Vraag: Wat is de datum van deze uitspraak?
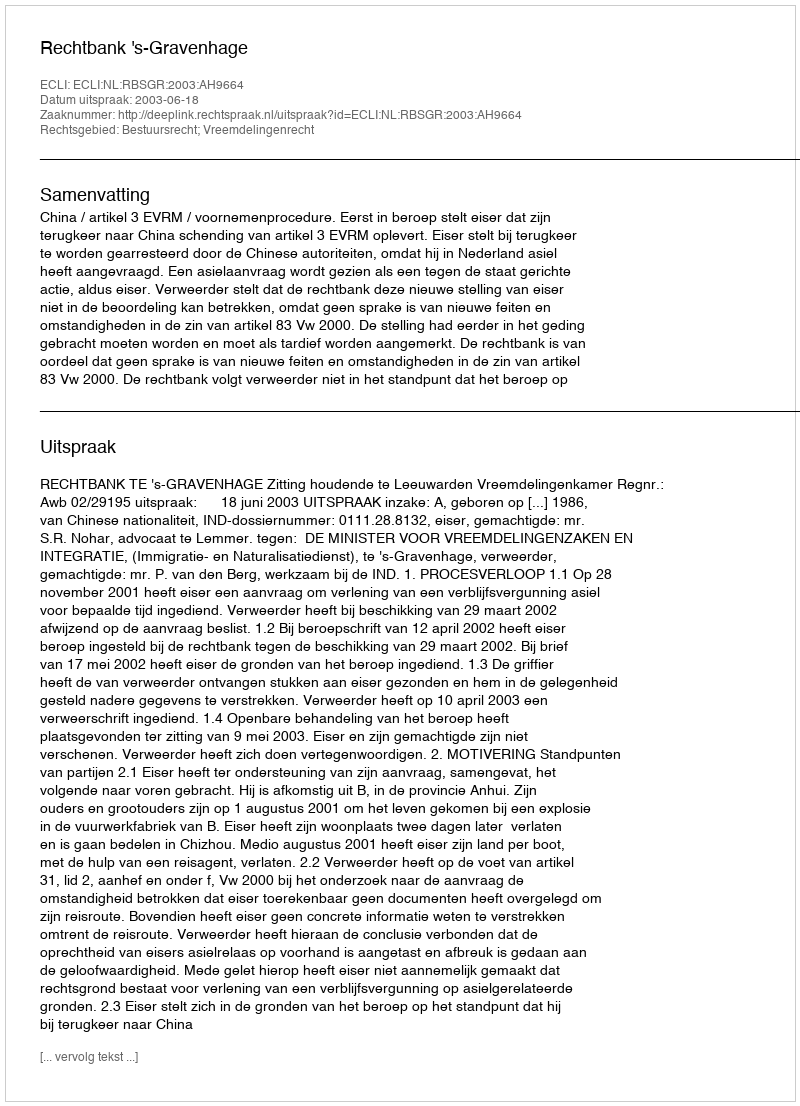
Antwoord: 2003-06-18